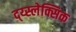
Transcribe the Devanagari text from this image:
द्य्स्लेक्सिक